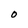
Character: O